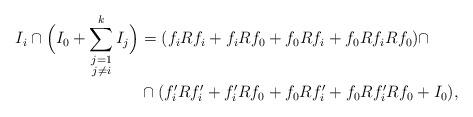
LaTeX: \begin{align*}I_i \cap \Big(I_0 +\sum_{\substack{j=1 \\ j \neq i}}^k I_j\Big) &=(f_iRf_i+f_iRf_0+f_0Rf_i+f_0Rf_iRf_0) \cap \\& \cap(f_i'Rf_i'+f_i'Rf_0+f_0Rf_i'+f_0Rf_i'Rf_0+I_0),\end{align*}